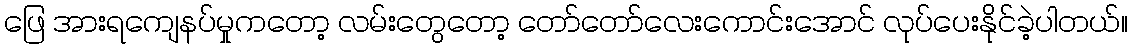
ဖြေ အားရကျေနပ်မှုကတော့ လမ်းတွေတော့ တော်တော်လေးကောင်းအောင် လုပ်ပေးနိုင်ခဲ့ပါတယ်။